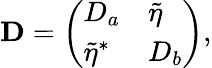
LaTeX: {\mathbf{D}}=\left(\begin{array}{ll}{D_{a}}&{\tilde{\eta}}\\ {\tilde{\eta}^{*}}&{D_{b}}\end{array}\right),